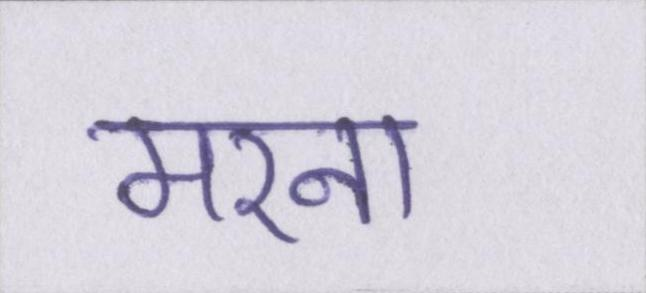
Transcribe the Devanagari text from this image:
मरना